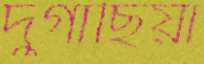
দুগাছিয়া